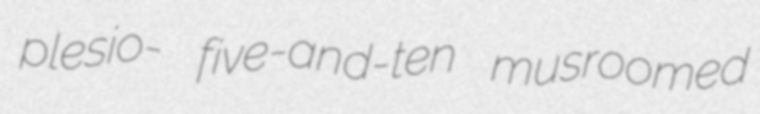
plesio- five-and-ten musroomed